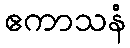
ဧကာသနံ